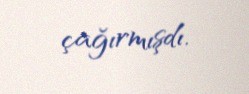
çağırmışdı.